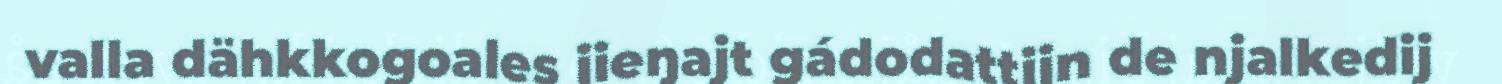
valla dähkkogoales jieŋajt gádodattijn de njalkedij